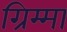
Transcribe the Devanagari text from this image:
ग्रिम्मा